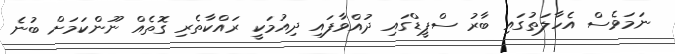
ނަމަވެސް އެހާލަތުގައި ބާރު ސްޕީޑްގައި ދުއްވާފައި ދިއުމަކީ ރައްކާތެރި ގޮތެއް ނޫންކަމަށް ބުނެ